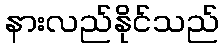
နားလည်နိုင်သည်